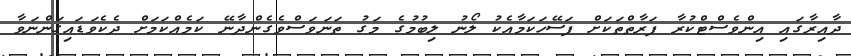
ދާއިރާގައި އިންވެސްޓްކުރާ ފަރާތްތަކަށް ފަސޭހަކަމާއެކު ލޯނު ލިބުމުގެ މަގު ތަނަވަސްވެގެންދާނޭ ކަމެއްކަމަށް ދެކެވަޑައިގަންނަވާ